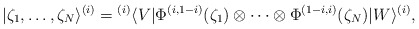
\begin{align*} |\zeta_1,\ldots,\zeta_N\rangle^{(i)} = {}^{(i)}\langle V|\Phi^{(i,1-i)}(\zeta_1)\otimes\cdots\otimes \Phi^{(1-i,i)}(\zeta_N)|W\rangle^{(i)},\end{align*}